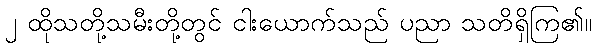
၂ ထိုသတို့သမီးတို့တွင် ငါးယောက်သည် ပညာ သတိရှိကြ၏။